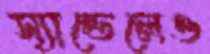
স্যান্ডেলেও